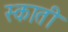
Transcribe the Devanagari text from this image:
स्काती